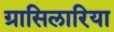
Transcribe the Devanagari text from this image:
ग्रासिलारिया